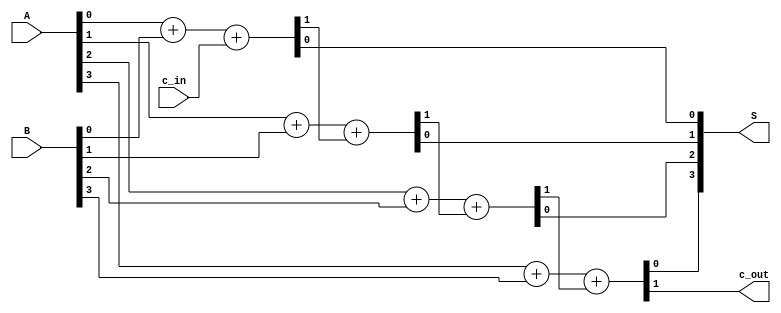
module sum4_v2(output wire[3:0] S, output wire c_out, input wire[3:0] A, input wire[3:0] B, input wire c_in);

  assign {c_out0, S[0]} = A[0] + B[0] + c_in;
  assign {c_out1, S[1]} = A[1] + B[1] + c_out0;
  assign {c_out2, S[2]} = A[2] + B[2] + c_out1;
  assign {c_out, S[3]} = A[3] + B[3] + c_out2;
  
endmodule